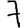
Digit: 7